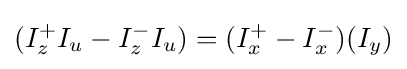
\,\!(I_{z}^{+}I_{u}-I_{z}^{-}I_{u})=(I_{x}^{+}-I_{x}^{-})(I_{y})